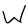
Character: W